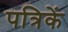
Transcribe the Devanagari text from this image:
पत्रिकें